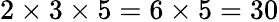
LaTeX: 2\times 3\times 5=6\times 5=30